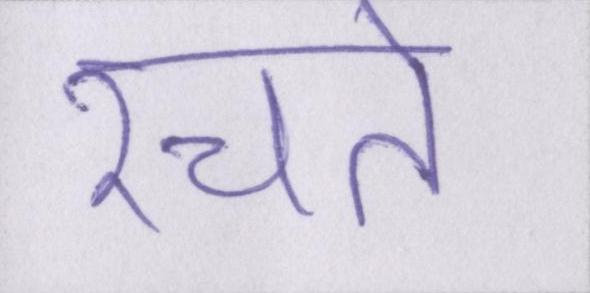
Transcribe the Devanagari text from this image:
रचते